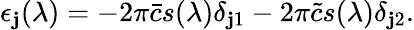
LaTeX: \epsilon_{\mathbf{j}}(\lambda)=-2\pi\bar{{c}}s(\lambda)\delta_{\mathbf{j}1}-2\pi\tilde{{c}}s(\lambda)\delta_{\mathbf{j}2}.